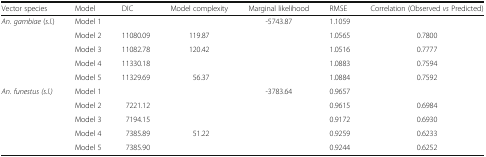
<table><thead><tr><td><b>Vector species</b></td><td><b>Model</b></td><td><b>DIC</b></td><td><b>Model complexity</b></td><td><b>Marginal likelihood</b></td><td><b>RMSE</b></td><td><b>Correlation (Observed <i>vs</i> Predicted)</b></td></tr></thead><tbody><tr><td rowspan="5"><i>An. gambiae</i> (<i>s.l</i>.)</td><td>Model 1</td><td>[EMPTY_CELL]</td><td>[EMPTY_CELL]</td><td>-5743.87</td><td>1.1059</td><td>[EMPTY_CELL]</td></tr><tr><td>Model 2</td><td>11080.09</td><td>119.87</td><td>[EMPTY_CELL]</td><td>1.0565</td><td>0.7800</td></tr><tr><td>Model 3</td><td>11082.78</td><td>120.42</td><td>[EMPTY_CELL]</td><td>1.0516</td><td>0.7777</td></tr><tr><td>Model 4</td><td>11330.18</td><td>[EMPTY_CELL]</td><td>[EMPTY_CELL]</td><td>1.0883</td><td>0.7594</td></tr><tr><td>Model 5</td><td>11329.69</td><td>56.37</td><td>[EMPTY_CELL]</td><td>1.0884</td><td>0.7592</td></tr><tr><td rowspan="5"><i>An. funestus (s.l.)</i></td><td>Model 1</td><td>[EMPTY_CELL]</td><td>[EMPTY_CELL]</td><td>-3783.64</td><td>0.9657</td><td>[EMPTY_CELL]</td></tr><tr><td>Model 2</td><td>7221.12</td><td>[EMPTY_CELL]</td><td>[EMPTY_CELL]</td><td>0.9615</td><td>0.6984</td></tr><tr><td>Model 3</td><td>7194.15</td><td>[EMPTY_CELL]</td><td>[EMPTY_CELL]</td><td>0.9172</td><td>0.6930</td></tr><tr><td>Model 4</td><td>7385.89</td><td>51.22</td><td>[EMPTY_CELL]</td><td>0.9259</td><td>0.6233</td></tr><tr><td>Model 5</td><td>7385.90</td><td>[EMPTY_CELL]</td><td>[EMPTY_CELL]</td><td>0.9244</td><td>0.6252</td></tr></tbody></table>